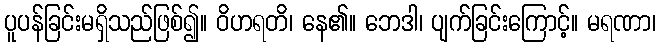
ပူပန်ခြင်းမရှိသည်ဖြစ်၍။ ဝိဟရတိ၊ နေ၏။ ဘေဒါ၊ ပျက်ခြင်းကြောင့်။ မရဏာ၊